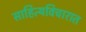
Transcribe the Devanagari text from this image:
साहित्यविचारात